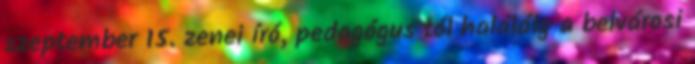
szeptember 15. zenei író, pedagógus tól haláláig a belvárosi